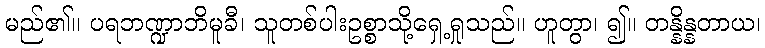
မည်၏။ ပရဘဏ္ဍာဘိမူခီ၊ သူတစ်ပါးဥစ္စာသို့ရှေ့ရှုသည်။ ဟူတွာ၊ ၍။ တန္နိန္နတာယ၊